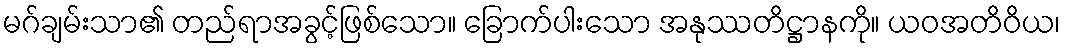
မဂ်ချမ်းသာ၏ တည်ရာအခွင့်ဖြစ်သော။ ခြောက်ပါးသော အနုဿတိဋ္ဌာနကို။ ယဝအတိဝိယ၊